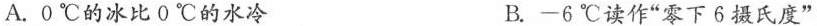
A.0℃的冰比0℃的水冷 B.-6℃读作”零下6摄氏度”